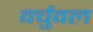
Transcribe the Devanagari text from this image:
वर्चुवल